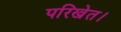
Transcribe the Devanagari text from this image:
परिखेत।